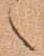
之